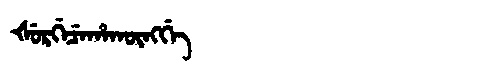
Manchu: ᡧᡠᡵᡤᡝᠴᡝᡥᠠᡴᡡᠩᡤᡝ
Romanization: ŠURGECEHAKŪNGGE